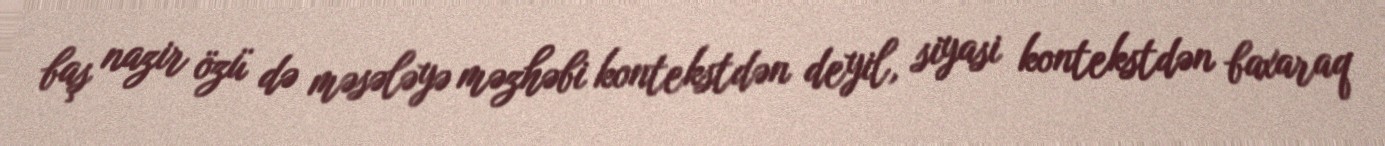
baş nazir özü də məsələyə məzhəbi kontekstdən deyil, siyasi kontekstdən baxaraq